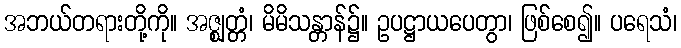
အဘယ်တရားတို့ကို။ အဇ္ဈတ္တံ၊ မိမိသန္တာန်၌။ ဥပဋ္ဌာယပေတွာ၊ ဖြစ်စေ၍။ ပရေသံ၊